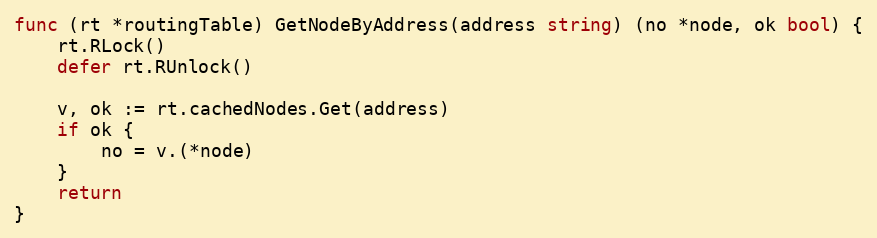
Language: Go
func (rt *routingTable) GetNodeByAddress(address string) (no *node, ok bool) {
	rt.RLock()
	defer rt.RUnlock()

	v, ok := rt.cachedNodes.Get(address)
	if ok {
		no = v.(*node)
	}
	return
}